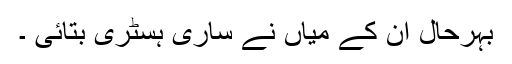
بہرحال ان کے میاں نے ساری ہسٹری بتائی ۔